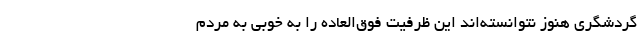
گردشگری هنوز نتوانسته‌اند این ظرفیت فوق‌العاده را به خوبی به مردم